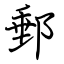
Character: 郵